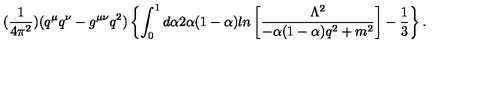
( \frac { 1 } { 4 \pi ^ { 2 } } ) ( q ^ { \mu } q ^ { \nu } - g ^ { \mu \nu } q ^ { 2 } ) \left\{ \int _ { 0 } ^ { 1 } d \alpha 2 \alpha ( 1 - \alpha ) l n \left[ \frac { \Lambda ^ { 2 } } { - \alpha ( 1 - \alpha ) q ^ { 2 } + m ^ { 2 } } \right] - \frac { 1 } { 3 } \right\} .